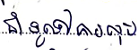
ជាទូទៅការលុប